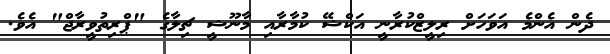
ދެން އެންމެ އަވަހަށް ރިލީޒްކުރާނީ އަކްޝޭ ކުމާރާއި މާނޫޝީ ޗިލާގެ "ޕްރިތުވީރާޖް" އެވެ.